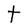
Character: t